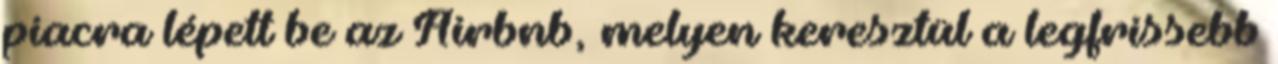
piacra lépett be az Airbnb, melyen keresztül a legfrissebb